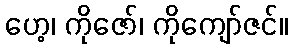
ဟေ့၊ ကိုဇော်၊ ကိုကျော်ဇင်။